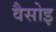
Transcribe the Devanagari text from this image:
वैसोइ